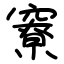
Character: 竂